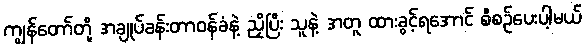
ကျွန်တော်တို့ အချုပ်ခန်းတာဝန်ခံနဲ့ ညှိပြီး သူနဲ့ အတူ ထားခွင့်ရအောင် စီစဉ်ပေးပါ့မယ်